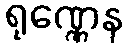
ရုဏ္ဏေန